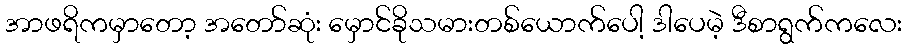
အာဖရိကမှာတော့ အတော်ဆုံး မှောင်ခိုသမားတစ်ယောက်ပေါ့ ဒါပေမဲ့ ဒီစာရွက်ကလေး